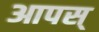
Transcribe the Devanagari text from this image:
आपस्‌